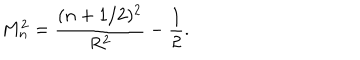
LaTeX: M _ { n } ^ { 2 } = \frac { ( n + 1 / 2 ) ^ { 2 } } { R ^ { 2 } } - \frac { 1 } { 2 } .